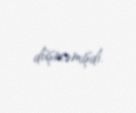
düşməmişdi.